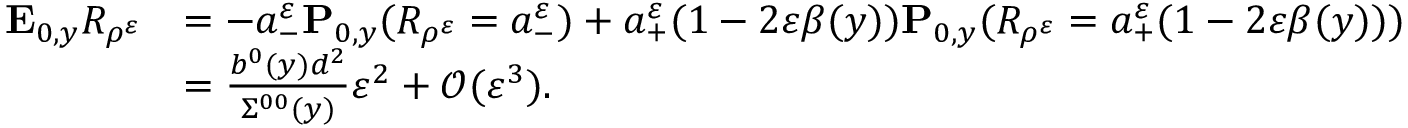
\begin{array} { r l } { \mathbf { E } _ { 0 , y } R _ { \rho ^ { \varepsilon } } } & { = - a _ { - } ^ { \varepsilon } \mathbf { P } _ { 0 , y } ( R _ { \rho ^ { \varepsilon } } = a _ { - } ^ { \varepsilon } ) + a _ { + } ^ { \varepsilon } ( 1 - 2 \varepsilon \beta ( y ) ) \mathbf { P } _ { 0 , y } ( R _ { \rho ^ { \varepsilon } } = a _ { + } ^ { \varepsilon } ( 1 - 2 \varepsilon \beta ( y ) ) ) } \\ & { = \frac { b ^ { 0 } ( y ) d ^ { 2 } } { \Sigma ^ { 0 0 } ( y ) } \varepsilon ^ { 2 } + \mathcal O ( \varepsilon ^ { 3 } ) . } \end{array}